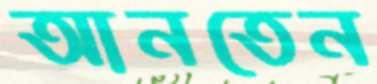
আনতেন